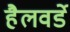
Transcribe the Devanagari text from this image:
हैलवर्डे